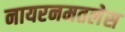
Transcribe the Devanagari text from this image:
नायरनमतलेस